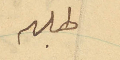
طلبهم